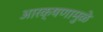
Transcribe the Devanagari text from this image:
आरक्षणामुळे